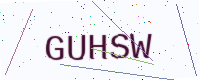
Text: GUHSW